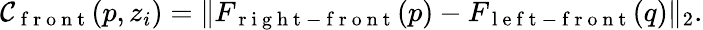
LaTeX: \mathcal{C}_{\mathrm{{~f~r~o~n~t~}}}(p,z_{i})=\| F_{\mathrm{{~r~i~g~h~t~-~f~r~o~n~t~}}}(p)-F_{\mathrm{{~l~e~f~t~-~f~r~o~n~t~}}}(q)\| _{2}.